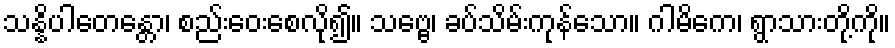
သန္နိပါတေန္တော၊ စည်းဝေးစေလို၍။ သဗ္ဗေ၊ ခပ်သိမ်းကုန်သော။ ဂါမိကေ၊ ရွာသားတို့ကို။